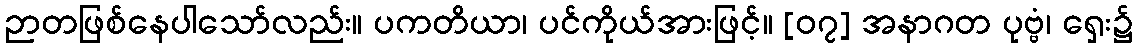
ဉာတဖြစ်နေပါသော်လည်း။ ပကတိယာ၊ ပင်ကိုယ်အားဖြင့်။ [၀၇] အနာဂတ ပုဗ္ဗံ၊ ရှေး၌